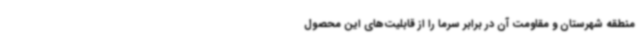
منطقه شهرستان و مقاومت آن در برابر سرما را از قابلیت‌های این محصول